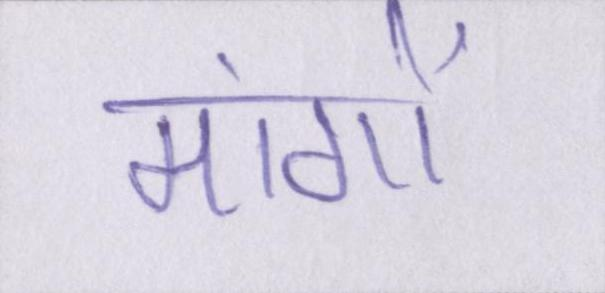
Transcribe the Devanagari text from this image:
मांगों